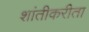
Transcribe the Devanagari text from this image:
शांतीकरीता